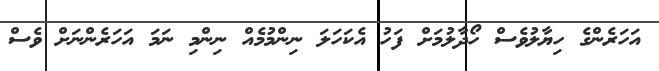
އަހަރެންގެ ހިޔާލުވެސް ހޯދާލުމަށް ފަހު އެކަހަލަ ނިންމުމެއް ނިންމި ނަމަ އަހަރެންނަށް ވެސް